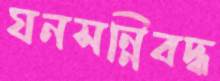
ঘনসন্নিবদ্ধ